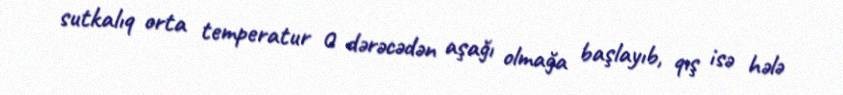
sutkalıq orta temperatur 0 dərəcədən aşağı olmağa başlayıb, qış isə hələ